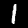
Digit: 1